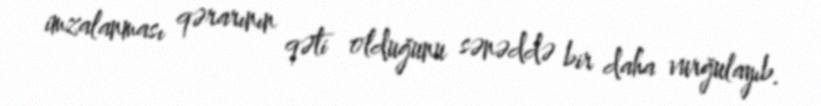
imzalanması qərarının qəti olduğunu sənəddə bir daha vurğulayıb.